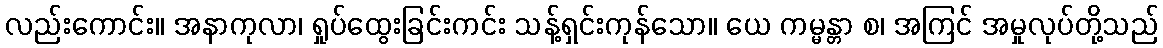
လည်းကောင်း။ အနာကုလာ၊ ရှုပ်ထွေးခြင်းကင်း သန့်ရှင်းကုန်သော။ ယေ ကမ္မန္တာ စ၊ အကြင် အမှုလုပ်တို့သည်